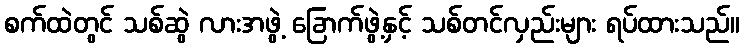
စက်ထဲတွင် သစ်ဆွဲ လားအဖွဲ့ ခြောက်ဖွဲ့နှင့် သစ်တင်လှည်းများ ရပ်ထားသည်။